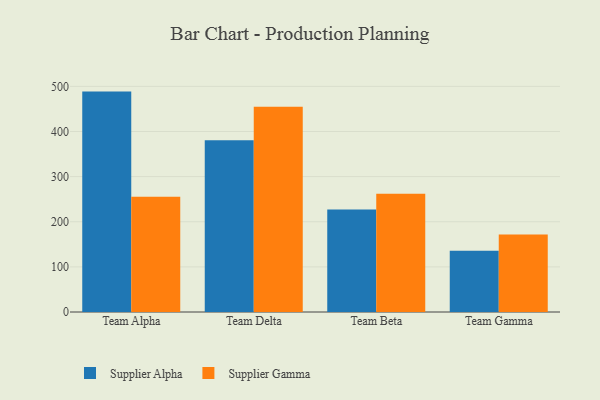
{"axis": {"x": "Team", "y": "Production Output"}, "legend": ["Supplier Alpha", "Supplier Gamma"], "data": [{"x": "Team Alpha", "y": 488.4, "type": "Supplier Alpha"}, {"x": "Team Alpha", "y": 255.4, "type": "Supplier Gamma"}, {"x": "Team Delta", "y": 380.5, "type": "Supplier Alpha"}, {"x": "Team Delta", "y": 454.8, "type": "Supplier Gamma"}, {"x": "Team Beta", "y": 227.1, "type": "Supplier Alpha"}, {"x": "Team Beta", "y": 261.8, "type": "Supplier Gamma"}, {"x": "Team Gamma", "y": 136.0, "type": "Supplier Alpha"}, {"x": "Team Gamma", "y": 171.6, "type": "Supplier Gamma"}]}